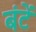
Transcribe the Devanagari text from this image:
बंटें